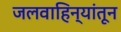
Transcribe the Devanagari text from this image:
जलवाहिन्यांतून